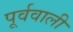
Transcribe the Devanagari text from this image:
पूर्ववाली